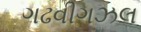
ગઢવીગઝલ